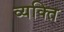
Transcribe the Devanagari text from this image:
व्‍यक्‍ति